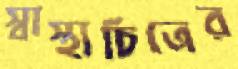
স্বাস্থ্যচিত্রের